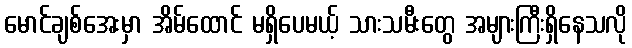
မောင်ချစ်အေးမှာ အိမ်ထောင် မရှိပေမယ့် သားသမီးတွေ အများကြီးရှိနေသလို